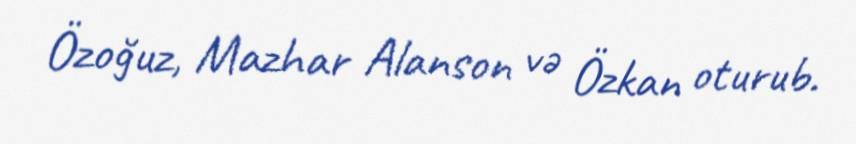
Özoğuz, Mazhar Alanson və Özkan oturub.